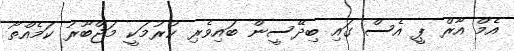
އެމް އާރް ޕީ އެސް ގައި ބިދޭސީން ބައިވެރި ކުރުމަކީ މަޖްބޫރު ކަމެއްތޯ